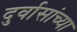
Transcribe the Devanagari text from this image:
दुर्वासांच्या